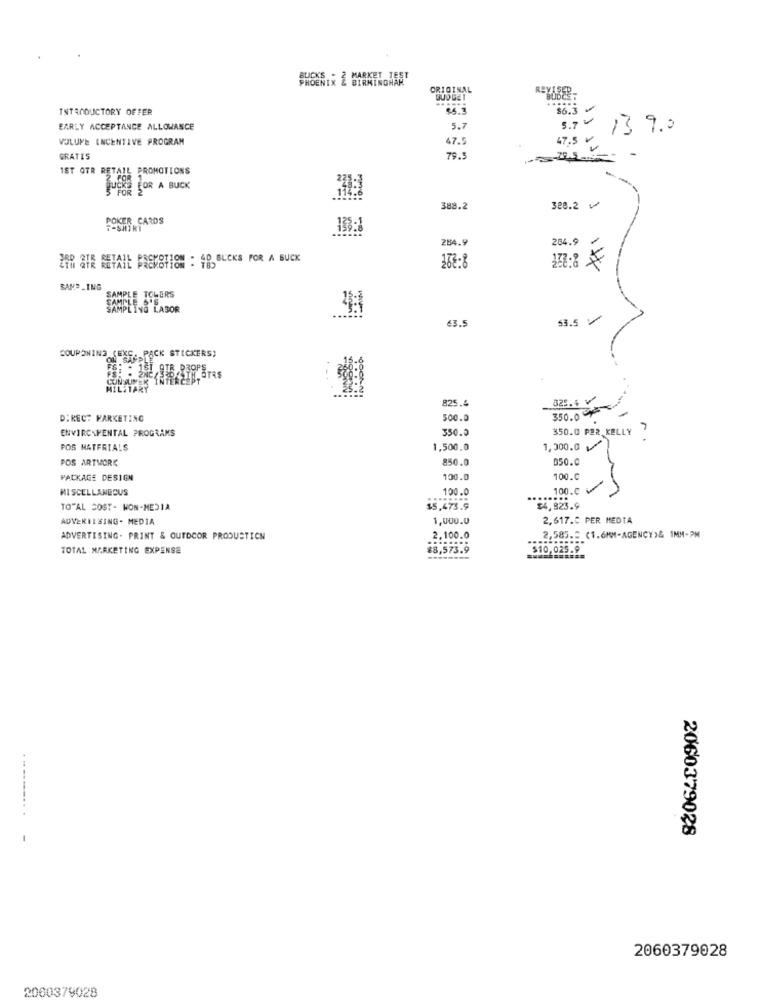
PHOENIX & BIRMINGHAM
ORIGINAL
REVISEP.
BUDGET
......
INTRODUCTORY OFFER
EARLY ACCEPTANCE ALLOWANCE
5.7
5.7
13 9.0
VOLUME INCENTIVE PROGRAM
47.5
GRATIS
79.
1ST OTR R
L PROMOTIONS
TUCH FOR A BUCK
388.2
328.2 v
POKER CARDS
T-SHIRT
284.9
204.9
ZER ATE RETAIL BREVSTION : 40, BUCKS FOR A BUCK
132:8 F
SAMPLING
SAMPLE TCLERS
SAM
SAMPLING LABOR
53.5 V
43.5
COUPONING (EXE, PACK STICKERS)
MIL
825.4
325.4 V
350.0 Y
DIRECT MARKETING
500.0
ENVIRONMENTAL PROGRAMS
350.0
350.0 PER KELLY
FOS MATERIALS
1,500.0
1,300.0
POS ARTWORK
850.0
050.0
PACKAGE DESIGN
100.0
100.C
MISCELLANEOUS
100.0
100.0 V
-
TO"AL SOST- WON-MEDIA
$5,473.9
$4,823.9
ADVERTISING- MEDIA
1,000.0
2,617.C PER MEDIA
ADVERTISING- PRINT & OUTDOOR PRODUSTICH
2,100.0
2,585.5 (1.6MM-AGENCY)& 1MM-PM
TOTAL MARKETING EXPENSE
£8,573.9
$10,025.9
. .. ........
2060379028
2060379028
2060379028